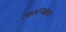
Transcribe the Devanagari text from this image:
अप्रत्यक्षात